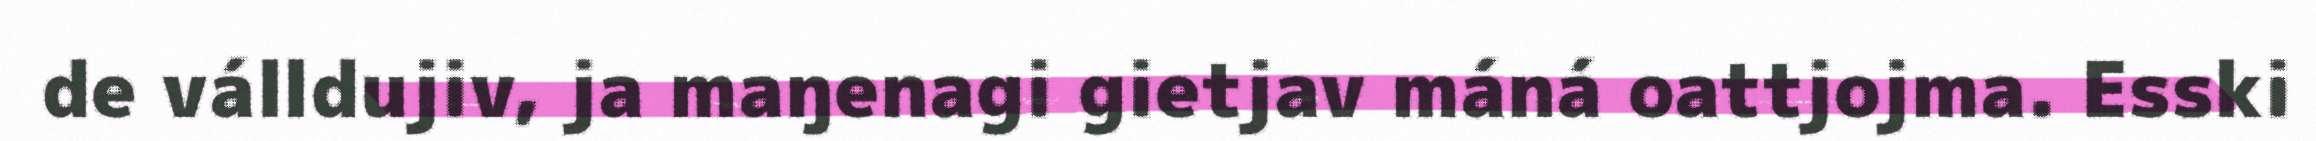
de válldujiv, ja maŋenagi gietjav máná oattjojma. Esski